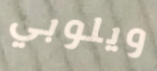
ويلوبي